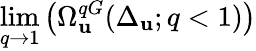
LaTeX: \operatorname*{lim}_{q\to1}\left(\Omega_{\mathbf{u}}^{qG}(\Delta_{\mathbf{u}};q<1)\right)